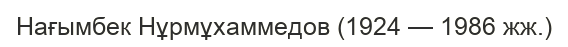
Нағымбек Нұрмұхаммедов (1924 — 1986 жж.)